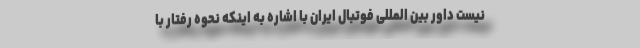
نیست داور بین المللی فوتبال ایران با اشاره به اینکه نحوه رفتار با